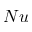
N u